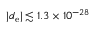
| d _ { \mathrm { e } } | \lesssim 1 . 3 \times 1 0 ^ { - 2 8 }